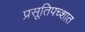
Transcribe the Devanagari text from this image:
प्रसूतिपच्शात